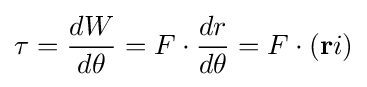
\tau ={\frac {dW}{d\theta }}=F\cdot {\frac {dr}{d\theta }}=F\cdot (\mathbf {r} i)